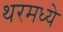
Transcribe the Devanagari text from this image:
थरमध्ये